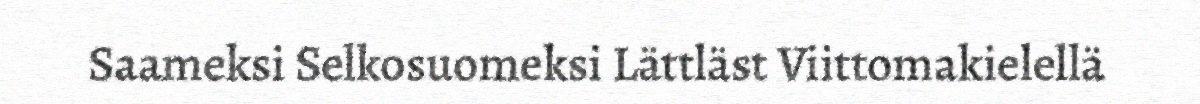
Saameksi Selkosuomeksi Lättläst Viittomakielellä